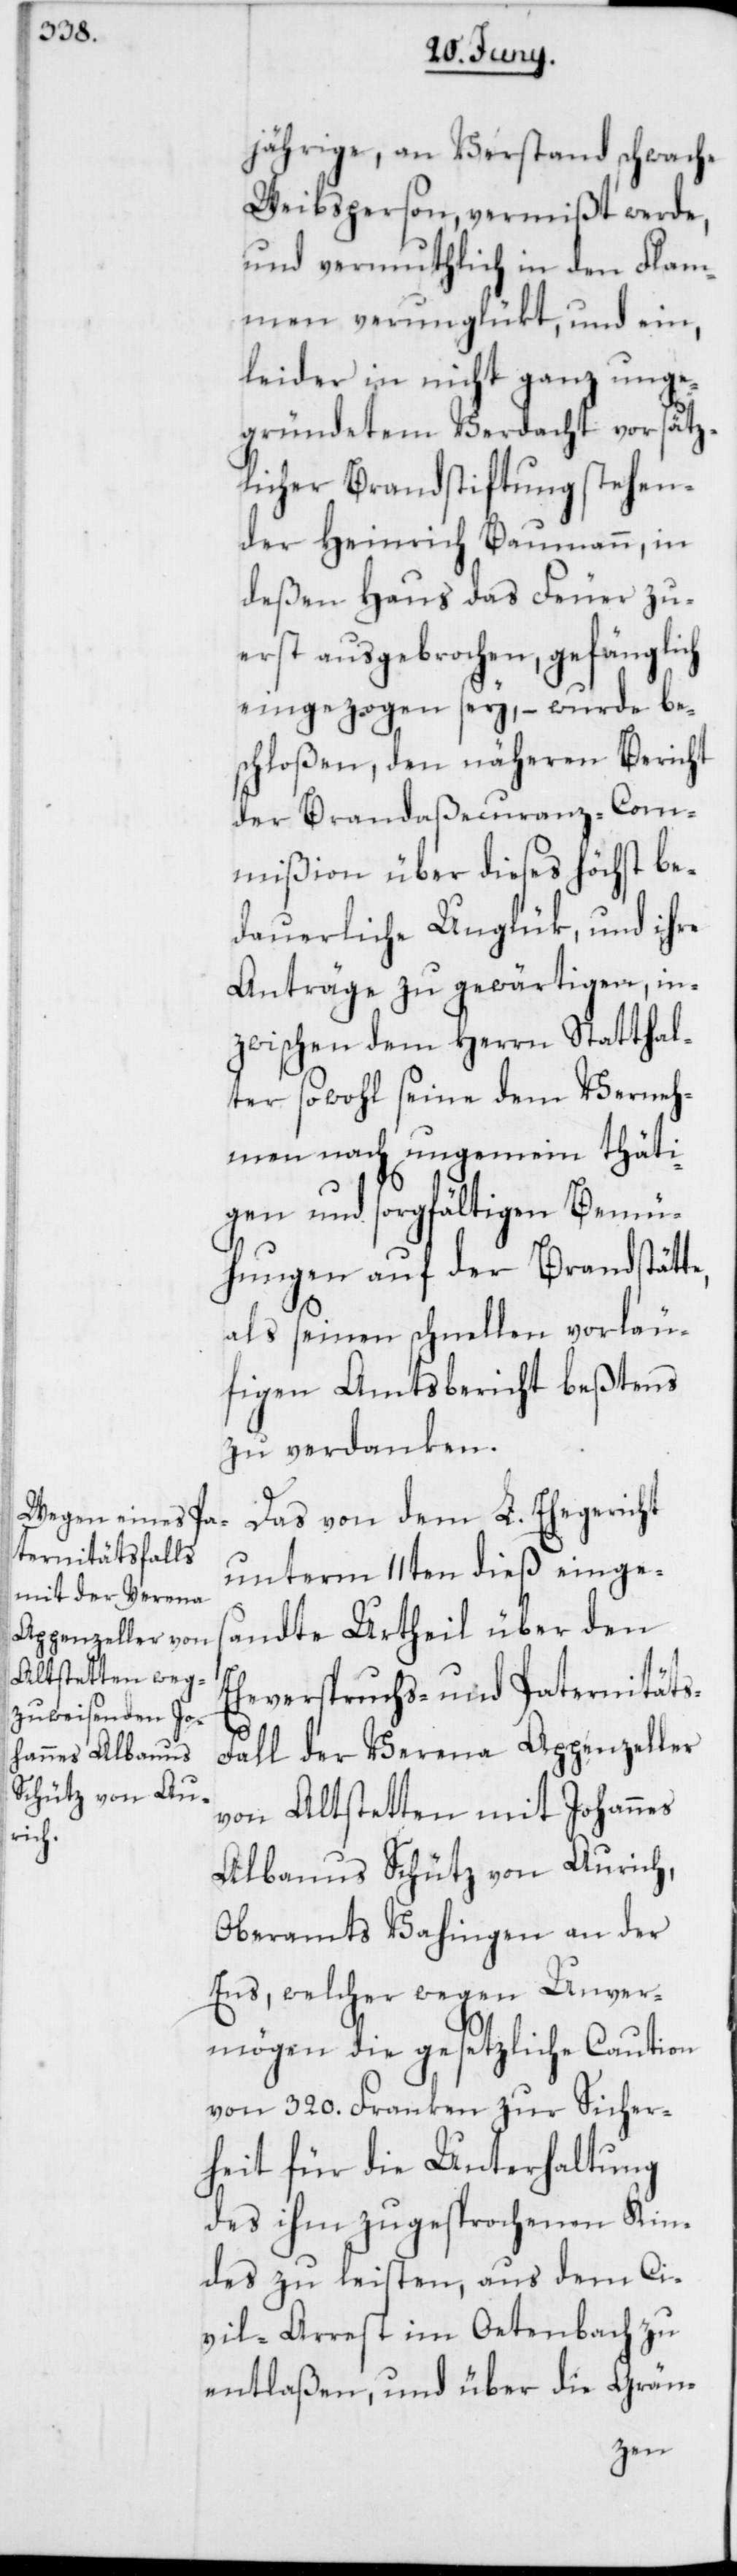
jährige, an Verstand schwache
Weibsperson, vermißt werde,
und vermuthlich in den Flam¬
men verunglükt, und ein,
leider in nicht ganz unge¬
gründetem Verdacht vorsätz¬
licher Brandstiftung stehen¬
der Heinrich Baumann, in
deßen Haus das Feuer zu¬
erst ausgebrochen, gefänglich
eingezogen sey, – wurde be¬
schloßen, den näheren Bericht
der Brandaßecuranz-Com¬
mißion über dieses höchst be¬
dauerliche Unglük, und ihre
Anträge zu gewärtigen, in¬
zwischen dem Herrn Statthal¬
ter sowohl seine dem Verneh¬
men nach ungemein thäti¬
gen und sorgfältigen Bemü¬
hungen auf der Brandstätt¬
als seinen schnellen vorläu¬
figen Amtsbericht beßtens
zu verdanken.
Das von dem L. Ehegericht
unterm 11ten dieß einges¬
andte Urtheil über den
Eheverspruchs- und Paternität¬
all der Verena Appenzeller
von Altstetten mit Johannes
Albanus Schütz von Aurich,
Oberamts Bahingen an der
Ens, welcher wegen Unver¬
mögen die gesetzliche Caution
von 320. Franken zur Sicher¬
heit für die Unterhaltung
des ihm zugesprochenen Kin¬
des zu leisten, aus dem Ci¬
vil-Arrest im Oetenbach zu
entlaßen, und über die Grän-
s-F¬